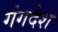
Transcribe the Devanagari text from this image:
गंगदेश